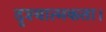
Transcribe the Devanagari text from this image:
दृश्यात्मकता।